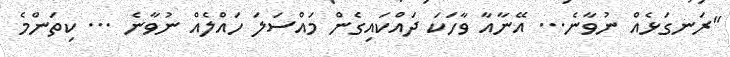
"ރަނގަޅެއް ނުވާނެ... އޭނާއާ ވާހަކަ ދައްކައިގެން މައްސަލަ ހައްލެއް ނުވާނެ ... ކިތަންމެ